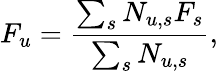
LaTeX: F_{u}=\frac{\sum_{s}N_{u,s}F_{s}}{\sum_{s}{N_{u,s}}},